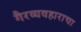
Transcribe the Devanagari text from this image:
गैरव्यवहाराचा